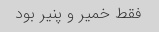
فقط خمیر و پنیر بود